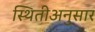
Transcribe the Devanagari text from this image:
स्थितीअनुसार